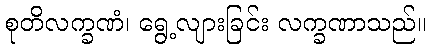
စုတိလက္ခဏံ၊ ရွေ့လျားခြင်း လက္ခဏာသည်။